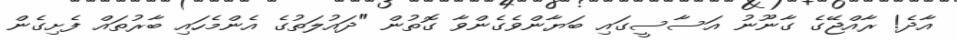
އާދެ! ރާއްޖޭގެ ގާނޫނު އަސާސީގައި ބަޔާންވެގެންވާ ގޮތުން "ދައުލަތުގެ އެންމެހައި ބާރުތައް ފެށިގެން